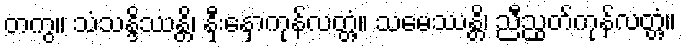
တကွ။ သံသန္ဒိဿန္တိ၊ နှီးနှောကုန်လတ္တံ့။ သမေဿန္တိ၊ ညီညွတ်ကုန်လတ္တံ့။